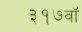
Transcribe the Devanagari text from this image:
३१७वॉ